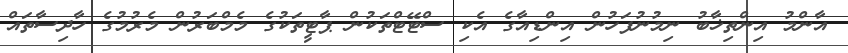
އާންމު އިންތިޚާބު ނިމުނުފަހުން އިންޑިއާގެ އެކި ސްޓޭޓްތަކުން ޕާޓީތަކުގެ މެމްބަރުން މެރުމުގެ ހާދިސާތައް